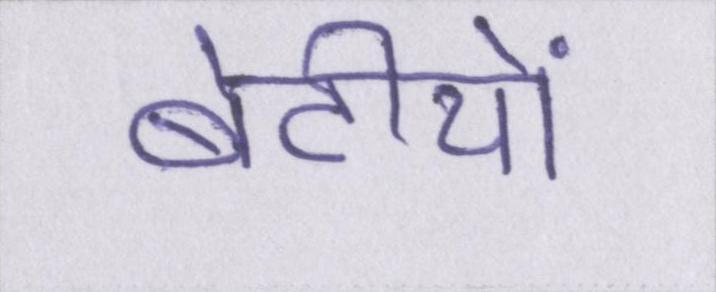
बेटीयों